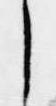
し